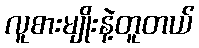
လူစားမျိုးနဲ့တူတယ်